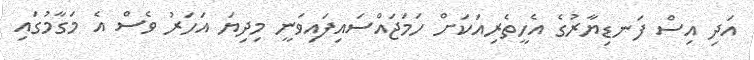
އަދި އިސް ފަނޑިޔާރުގެ އެހީތެރިއަކަށް ހަމަޖައްސައިފައިވަނީ މިދިޔަ އަހަރު ވެސް އެ މަގާމުގައި